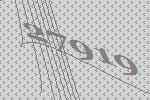
27919